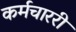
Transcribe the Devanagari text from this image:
कर्मचाररी